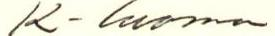
K-luoma